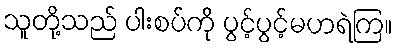
သူတို့သည် ပါးစပ်ကို ပွင့်ပွင့်မဟရဲကြ။